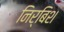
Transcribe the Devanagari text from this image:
निर्बिश